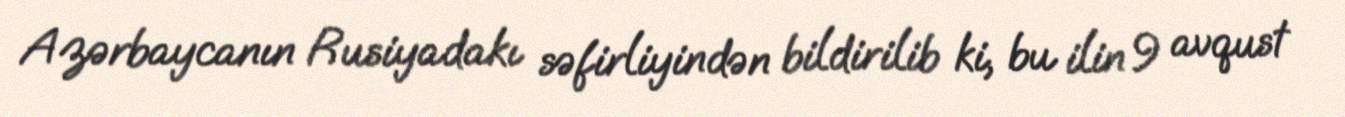
Azərbaycanın Rusiyadakı səfirliyindən bildirilib ki, bu ilin 9 avqust